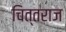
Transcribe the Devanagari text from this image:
चित्तराज